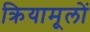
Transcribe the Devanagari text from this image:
क्रियामूलों